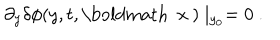
\partial _ { y } \delta \phi ( y , t , \mathrm { \boldmath ~ x ~ } ) \mid _ { y _ { 0 } } = 0 \ .